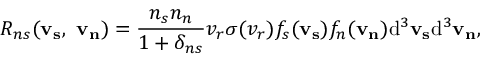
R _ { n s } ( \mathbf { v _ { s } } , \ \mathbf { v _ { n } } ) = \frac { n _ { s } n _ { n } } { 1 + \delta _ { n s } } v _ { r } \sigma ( v _ { r } ) f _ { s } ( \mathbf { v _ { s } } ) f _ { n } ( \mathbf { v _ { n } } ) \mathrm { d } ^ { 3 } \mathbf { v _ { s } } \mathrm { d } ^ { 3 } \mathbf { v _ { n } } ,